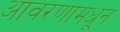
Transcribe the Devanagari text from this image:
आवरणामधून